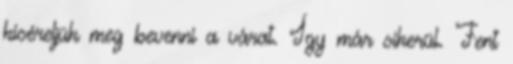
kíséreljük meg bevenni a várat. Így már sikerül. Fent